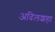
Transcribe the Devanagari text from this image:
अदिलशहा